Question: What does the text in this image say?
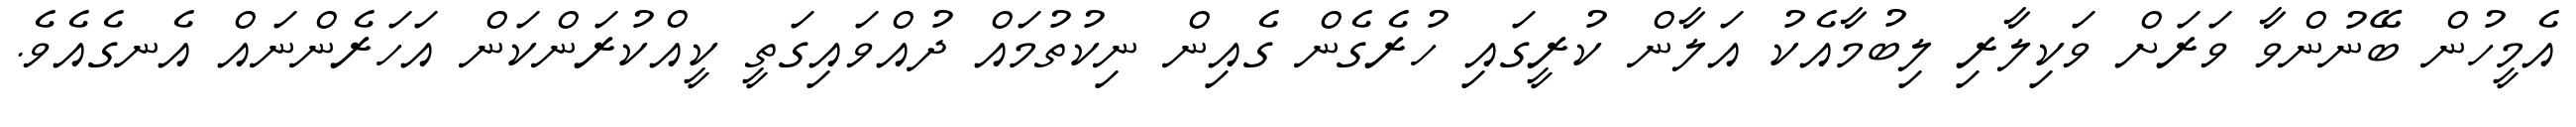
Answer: އެމީހުން ބޭނުންވާ ވަރަށް ވަކިލާރި ލިބުމާއެކު އަލާން ކުރީގައި ހުރެގެން ގެއިން ނިކުތުމައް ދުއްވައިގަތީ ކީއްކުރަންކަން އަހަރެންނައް އެނގެއެވެ.